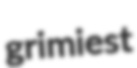
grimiest